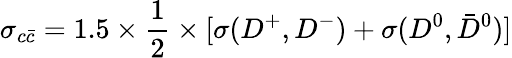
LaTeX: \sigma_{c\bar{c}}=1.5\times{\frac{1}{2}}\times\lbrack{\sigma(D^{+},D^{-})+\sigma(D^{0},\bar{D}^{0})]}